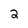
Character: 2